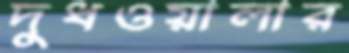
দুধওয়ালার